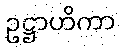
ဥဋ္ဌာဟိကာ